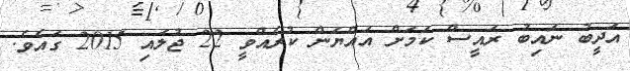
އަދީބު ނައިބު ރައީސް ކަމަށް އައްޔަން ކުރެއްވީ 22 ޖުލައި 2015 ގައެވެ.